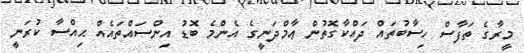
މީރާގެ ތަފާސް ހިސާބުތައް ދައްކާގޮތުން ޢާމްދަނީގެ އެންމެ ބޮޑު އިންސައްތައެއް ޙިއްސާ ކުރަނީ